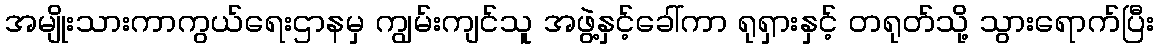
အမျိုးသားကာကွယ်ရေးဌာနမှ ကျွမ်းကျင်သူ အဖွဲ့နှင့်ခေါ်ကာ ရုရှားနှင့် တရုတ်သို့ သွားရောက်ပြီး